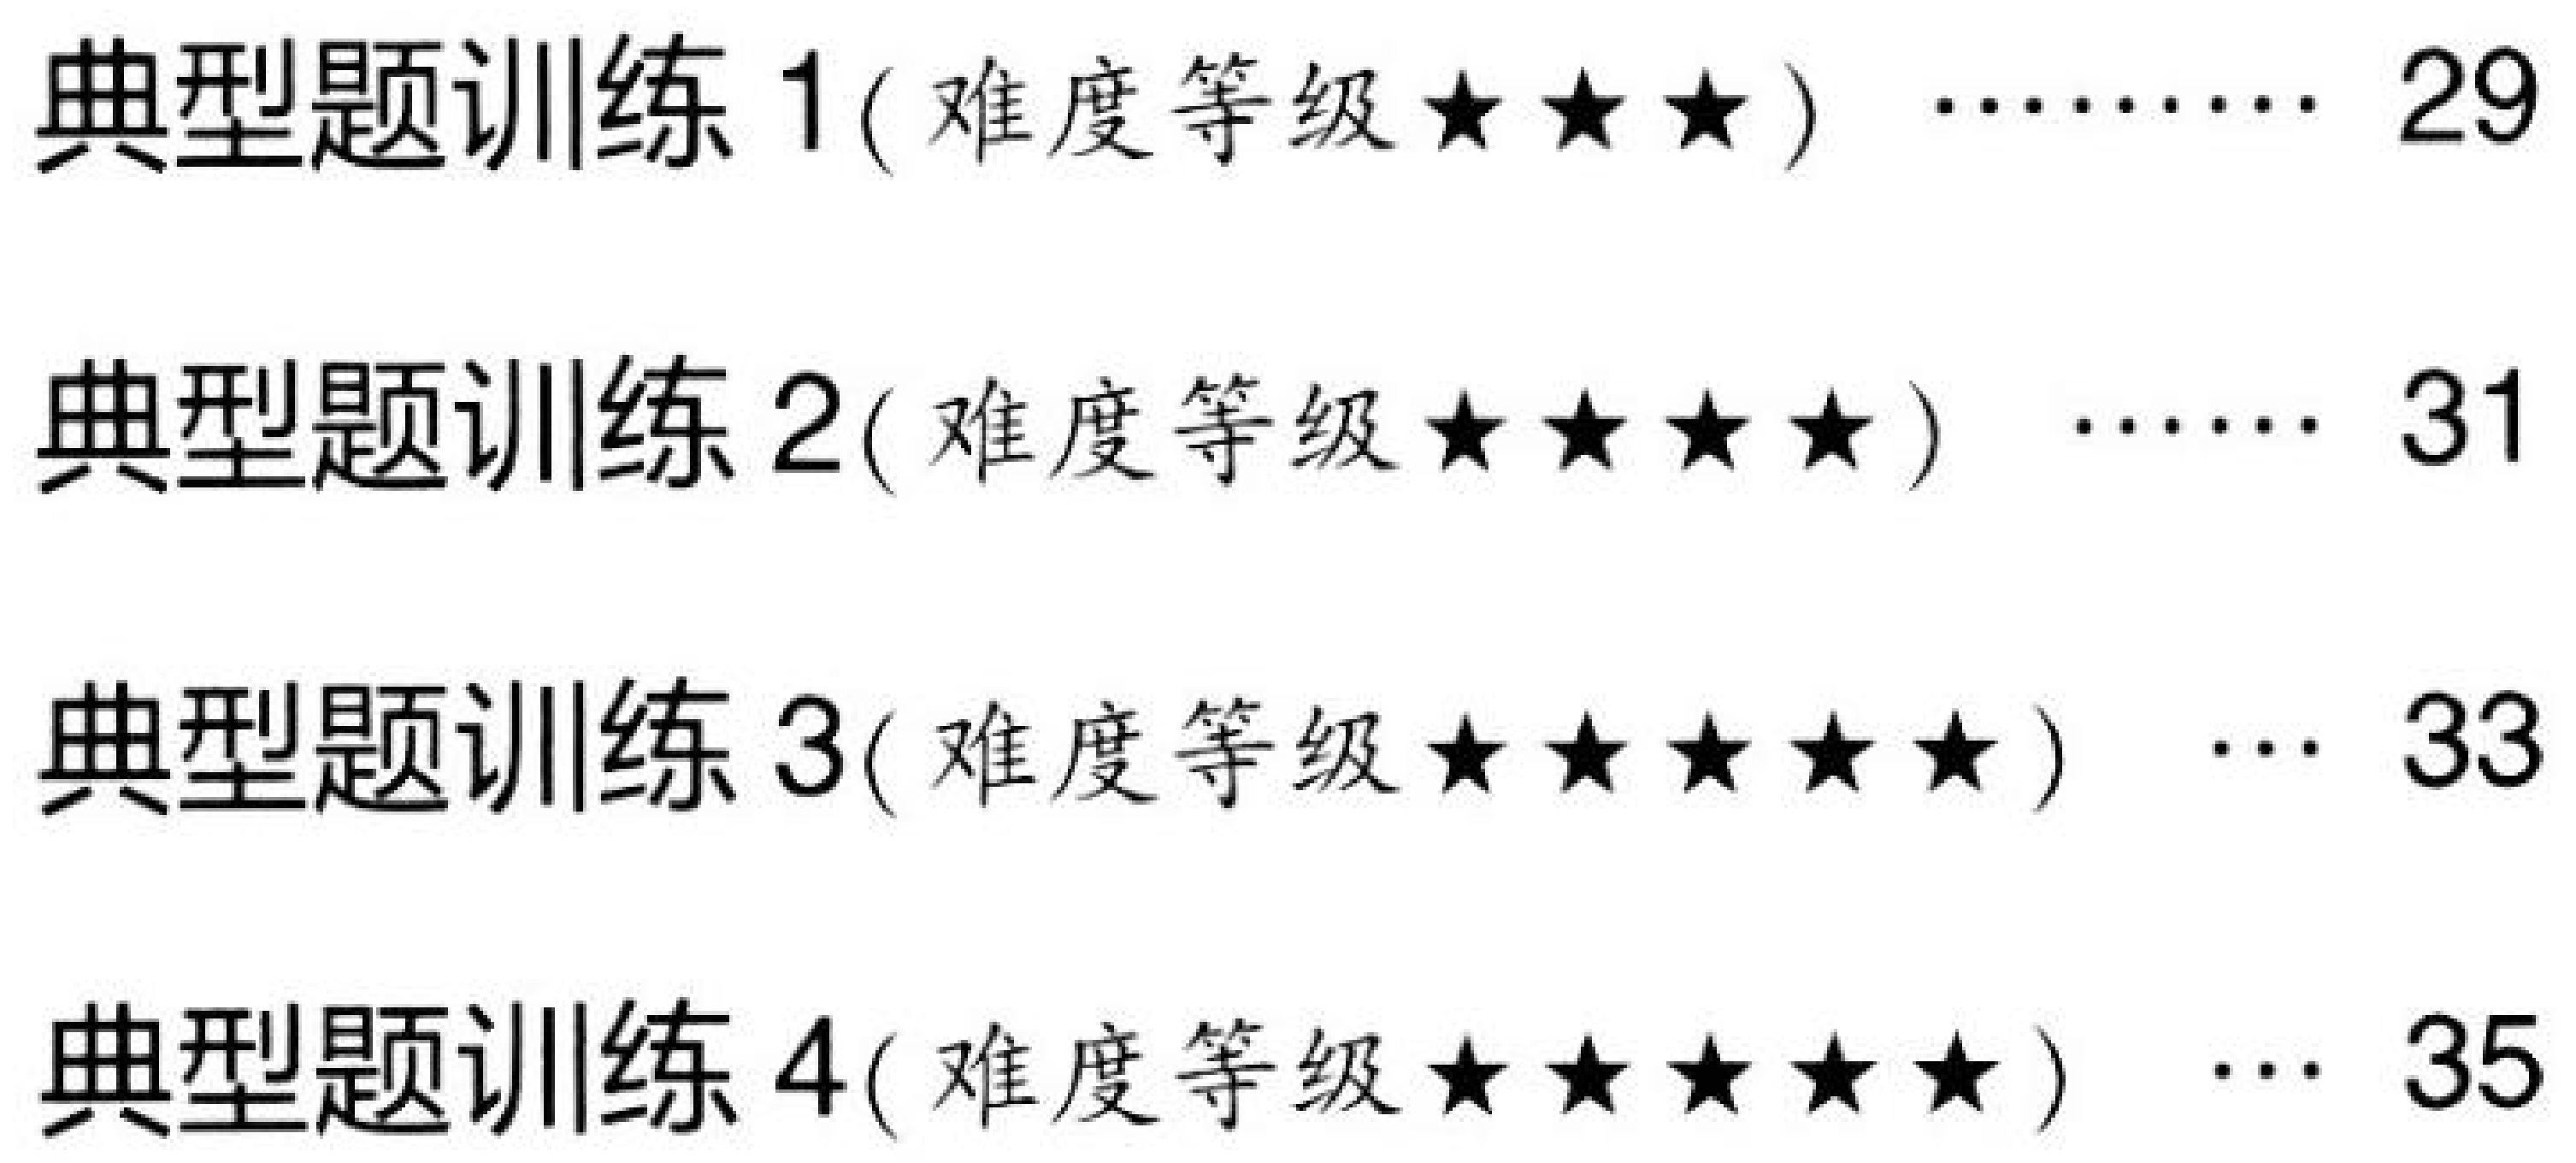
典型题训练 1(难度等级★★★) ……… 29
典型题训练 2(难度等级★★★★) …… 31
典型题训练 3(难度等级★★★★★) … 33
典型题训练 4(难度等级★★★★★) … 35